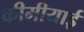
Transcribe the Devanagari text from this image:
कीमीयाई